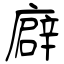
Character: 廦